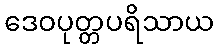
ဒေဝပုတ္တပရိသာယ